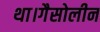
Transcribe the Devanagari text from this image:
था।गैसोलीन